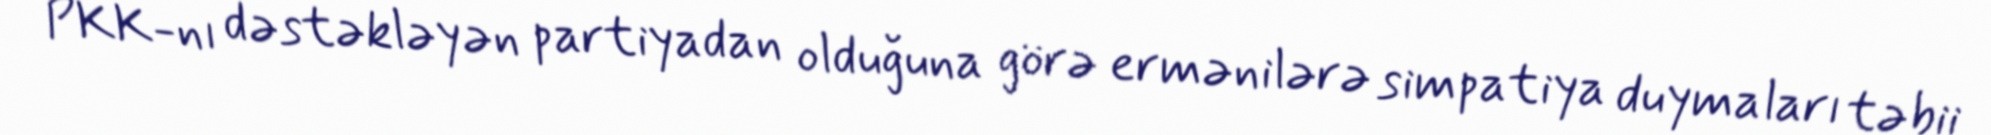
PKK-nı dəstəkləyən partiyadan olduğuna görə ermənilərə simpatiya duymaları təbii